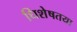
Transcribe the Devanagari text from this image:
धिशेषतया